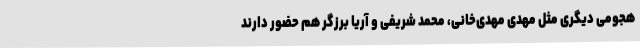
هجومی دیگری مثل مهدی مهدی‌خانی، محمد شریفی و آریا برزگر هم حضور دارند